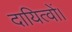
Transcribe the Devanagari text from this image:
दायित्वों।